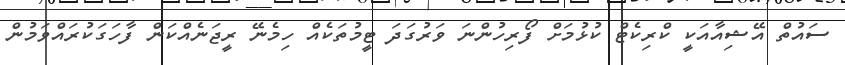
ސައުތް އޭޝިއާއަކީ ކްރިކެޓް ކުޅުމަށް ފޯރިހުންނަ ވަރުގަދަ ޓީމުތަކެއް ހިމެނޭ ރީޖަނެއްކަން ފާހަގަކުރައްވަމުން